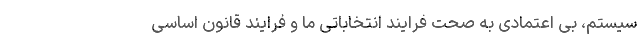
سیستم، بی اعتمادی به صحت فرایند انتخاباتی ما و فرایند قانون اساسی